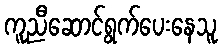
ကူညီဆောင်ရွက်ပေးနေသူ